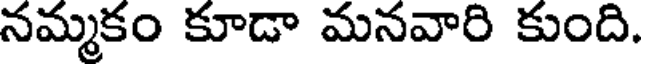
నమ్మకం కూడా మనవారి కుంది.